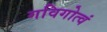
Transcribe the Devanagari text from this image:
गविगोत्वं